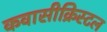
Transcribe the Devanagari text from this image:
कवासीक्रिस्टल